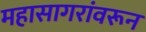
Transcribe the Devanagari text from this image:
महासागरांवरून